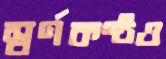
স্বর্ণকণ্ঠও